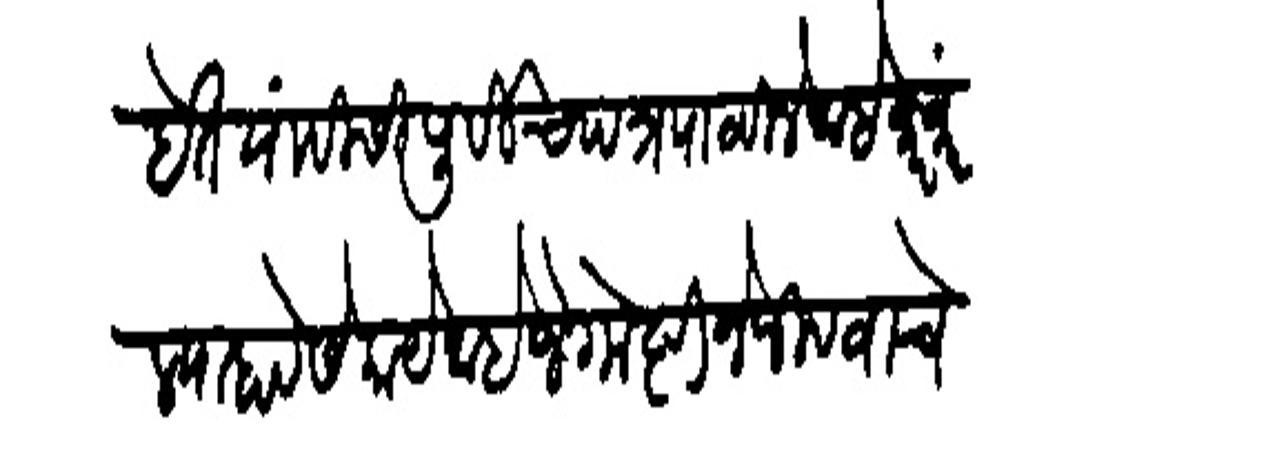
Transliteration (Devanagari): आहेत याविसी पूर्वीच पत्र पाठविले आहे वारंवार स्याहाबेसे फाये आहे जे गोष्टीने जीव वाचेल